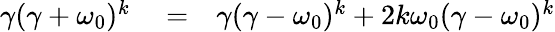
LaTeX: \begin{array}{rlr}{\gamma(\gamma+\omega_{0})^{k}}&{{}=}&{\gamma(\gamma-\omega_{0})^{k}+2k\omega_{0}(\gamma-\omega_{0})^{k}}\end{array}